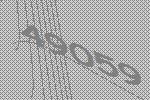
49059